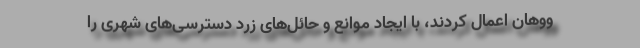
ووهان اعمال کردند، با ایجاد موانع و حائل‌های زرد دسترسی‌های شهری را